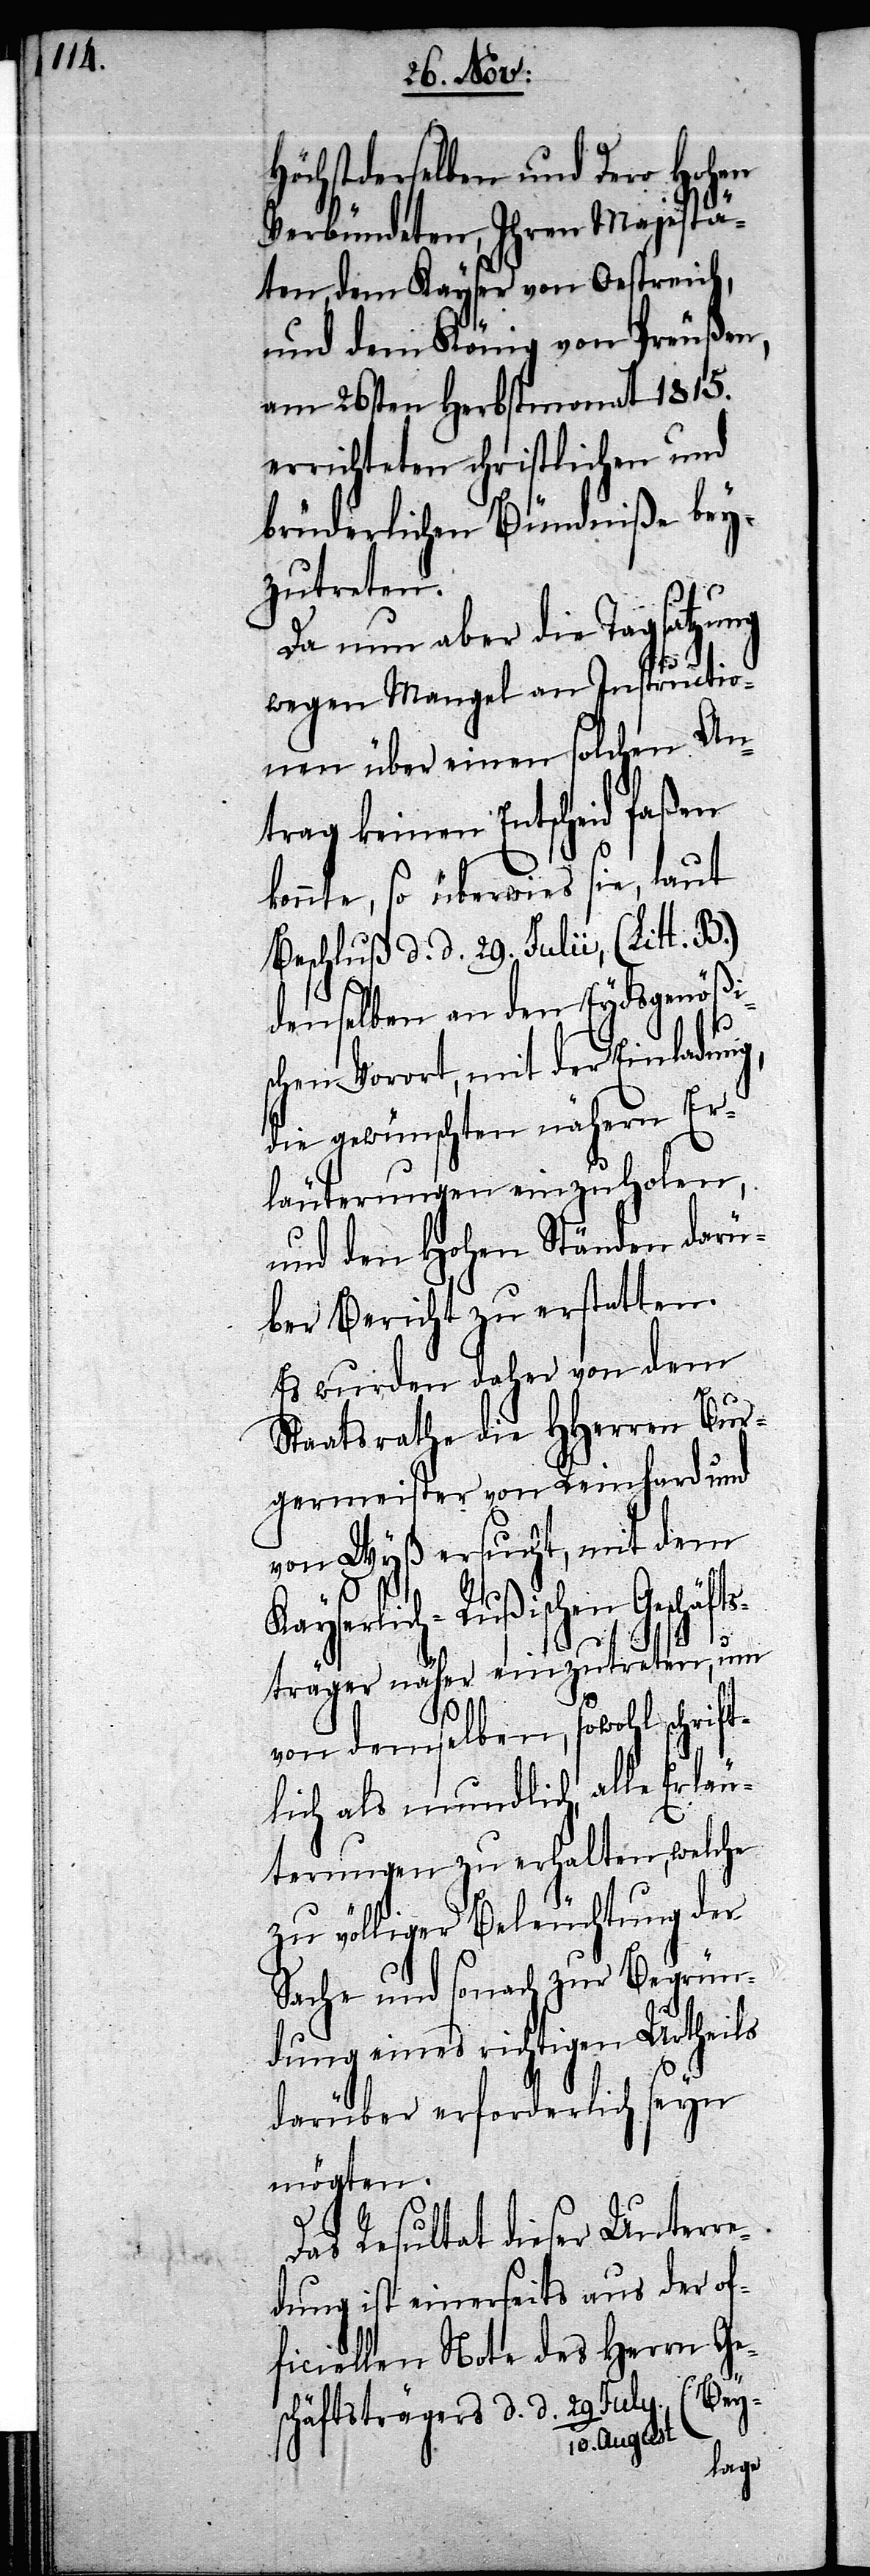
Höchstderselben und dero Hohen
Verbündeten, Ihren Majestä¬
ten, dem Kayser von Oestreich,
und dem König von Preußen,
am 26sten Herbstmonat 1815.
errichteten christlichen und
brüderlichen Bündniße bey¬
zutreten.
Da nun aber die Tagsatzung
wegen Mangel an Instructio¬
nen über einen solchen An¬
trag keinen Entscheid faßen
konnte, so überwies sie, laut
Beschluß d. d. 29. Julii, (Litt B.)
denselben an den Eydsgenößis¬
chen Vorort, mit der Einladung,
die gewünschten nähern Er¬
läuterungen einzuholen,
und den Hohen Ständen darü¬
ber Bericht zu erstatten.
Es wurden daher von dem
Staatsrathe die HHerren Bur¬
germeister von Reinhard und
von Wyß ersucht, mit dem
Kayserlich-Rußischen Geschäfts¬
träger näher einzutreten, um
von demselben, sowohl schrift¬
lich als mundlich alle Erläu¬
terungen zu erhalten, welche
zu völliger Beleuchtung der
Sache und sonach zur Begrün¬
dung eines richtigen Urtheils
darüber erforderlich seyn
mögten.
Das Resultat dieser Unterre¬
dung ist einerseits aus der of¬
ficiellen Note des Herrn Ge¬
schäftsträgers d. d. 29. Juli/
10. August